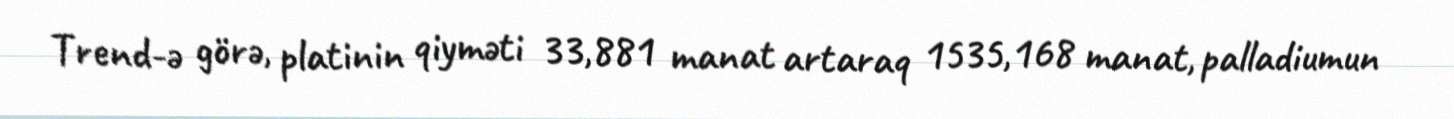
Trend-ə görə, platinin qiyməti 33,881 manat artaraq 1535,168 manat, palladiumun